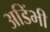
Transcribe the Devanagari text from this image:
अडिंभी